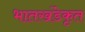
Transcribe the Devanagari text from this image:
भातखंडेकृत